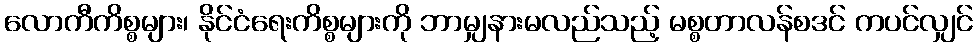
လောကီကိစ္စများ၊ နိုင်ငံရေးကိစ္စများကို ဘာမျှနားမလည်သည့် မစ္စတာလန်စဒင် ကပင်လျှင်